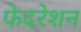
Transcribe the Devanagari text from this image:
फेदरेशन